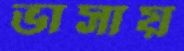
ভাসায়